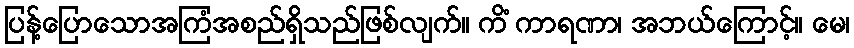
ပြန့်ပြောသောအကြံအစည်ရှိသည်ဖြစ်လျက်။ ကိံ ကာရဏာ၊ အဘယ်ကြောင့်။ မေ၊